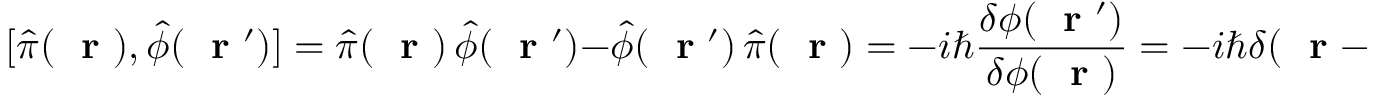
[ \hat { \pi } ( \mathrm { ~ \bf ~ r ~ } ) , \hat { \phi } ( \mathrm { ~ \bf ~ r ~ } ^ { \prime } ) ] = \hat { \pi } ( \mathrm { ~ \bf ~ r ~ } ) \, \hat { \phi } ( \mathrm { ~ \bf ~ r ~ } ^ { \prime } ) - \hat { \phi } ( \mathrm { ~ \bf ~ r ~ } ^ { \prime } ) \, \hat { \pi } ( \mathrm { ~ \bf ~ r ~ } ) = - i \hbar \frac { \delta \phi ( \mathrm { ~ \bf ~ r ~ } ^ { \prime } ) } { \delta \phi ( \mathrm { ~ \bf ~ r ~ } ) } = - i \hbar \delta ( \mathrm { ~ \bf ~ r ~ } - \mathrm { ~ \bf ~ r ~ } ^ { \prime } )